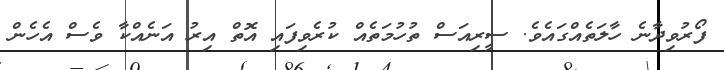
ފޯރުވިދާނެ ހާލަތެއްގައެވެ. ސީރިއަސް ތުހުމަތެއް ކުރެވިފައި އޮތް އިރު އަނެއްކާ ވެސް އެހެން